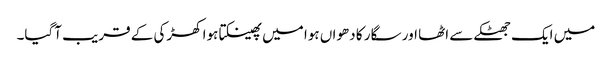
میں ایک جھٹکے سے اٹھا اور سگار کا دھواں ہوا میں پھینکتا ہوا کھڑکی کے قریب آگیا۔